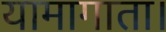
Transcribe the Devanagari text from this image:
यामागाता।